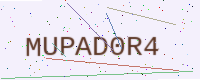
Text: MUPAD0R4